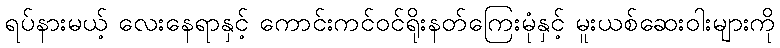
ရပ်နားမယ့် လေးနေရာနှင့် ကောင်းကင်ဝင်ရိုးနတ်ကြေးမုံနှင့် မူးယစ်ဆေးဝါးများကို